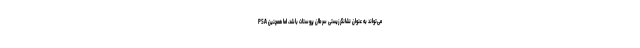
PSA می‌تواند به عنوان نشانگر زیستی سرطان پروستات باشد، اما همچنین